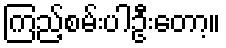
ကြည့်စမ်းပါဦးတော့။